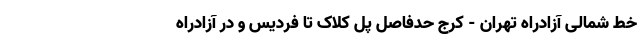
خط شمالی آزادراه تهران - کرج حدفاصل پل کلاک تا فردیس و در آزادراه